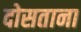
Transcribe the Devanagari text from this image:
दोसताना